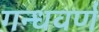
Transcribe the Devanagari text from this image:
गन्धवर्ण